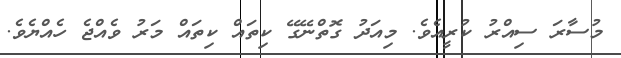
މުސާރަ ސިއްރު ކުރީއެވެ. މިއަދު ގޮތްނޭގޭ ކިތައް ކިތައް މަރު ވެއްޖެ ހެއްޔެވެ.